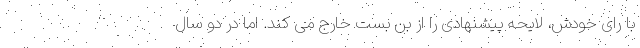
با رای خودش، لایحه پیشنهادی را از بن بست خارج می کند. اما در دو سال